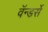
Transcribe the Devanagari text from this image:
वॅन्डर्से